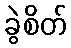
ခွဲစိတ်